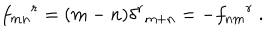
{ f _ { m n } } ^ { r } = ( m - n ) { \delta ^ { r } } _ { m + n } = - { f _ { n m } } ^ { r } ~ .